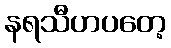
နရသီဟပတေ့